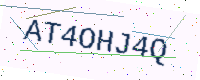
Text: AT4OHJ4Q